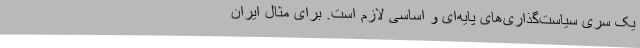
یک سری سیاست‌گذاری‌های پایه‌ای و اساسی لازم است. برای مثال ایران